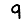
Digit: 9